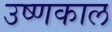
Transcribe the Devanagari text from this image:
उष्णकाल